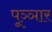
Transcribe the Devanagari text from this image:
पूञ्ञार